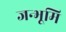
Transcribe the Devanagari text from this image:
जन्भूमि